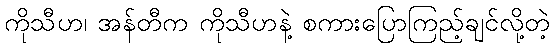
ကိုသီဟ၊ အန်တီက ကိုသီဟနဲ့ စကားပြောကြည့်ချင်လို့တဲ့